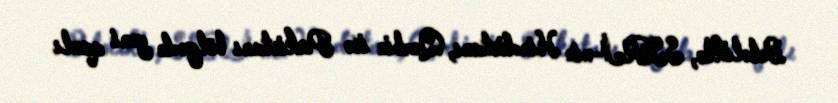
Beləliklə, SSRİ-nin Hindistanı, Qərbin isə Pakistanı bölgədə yeni qanlı